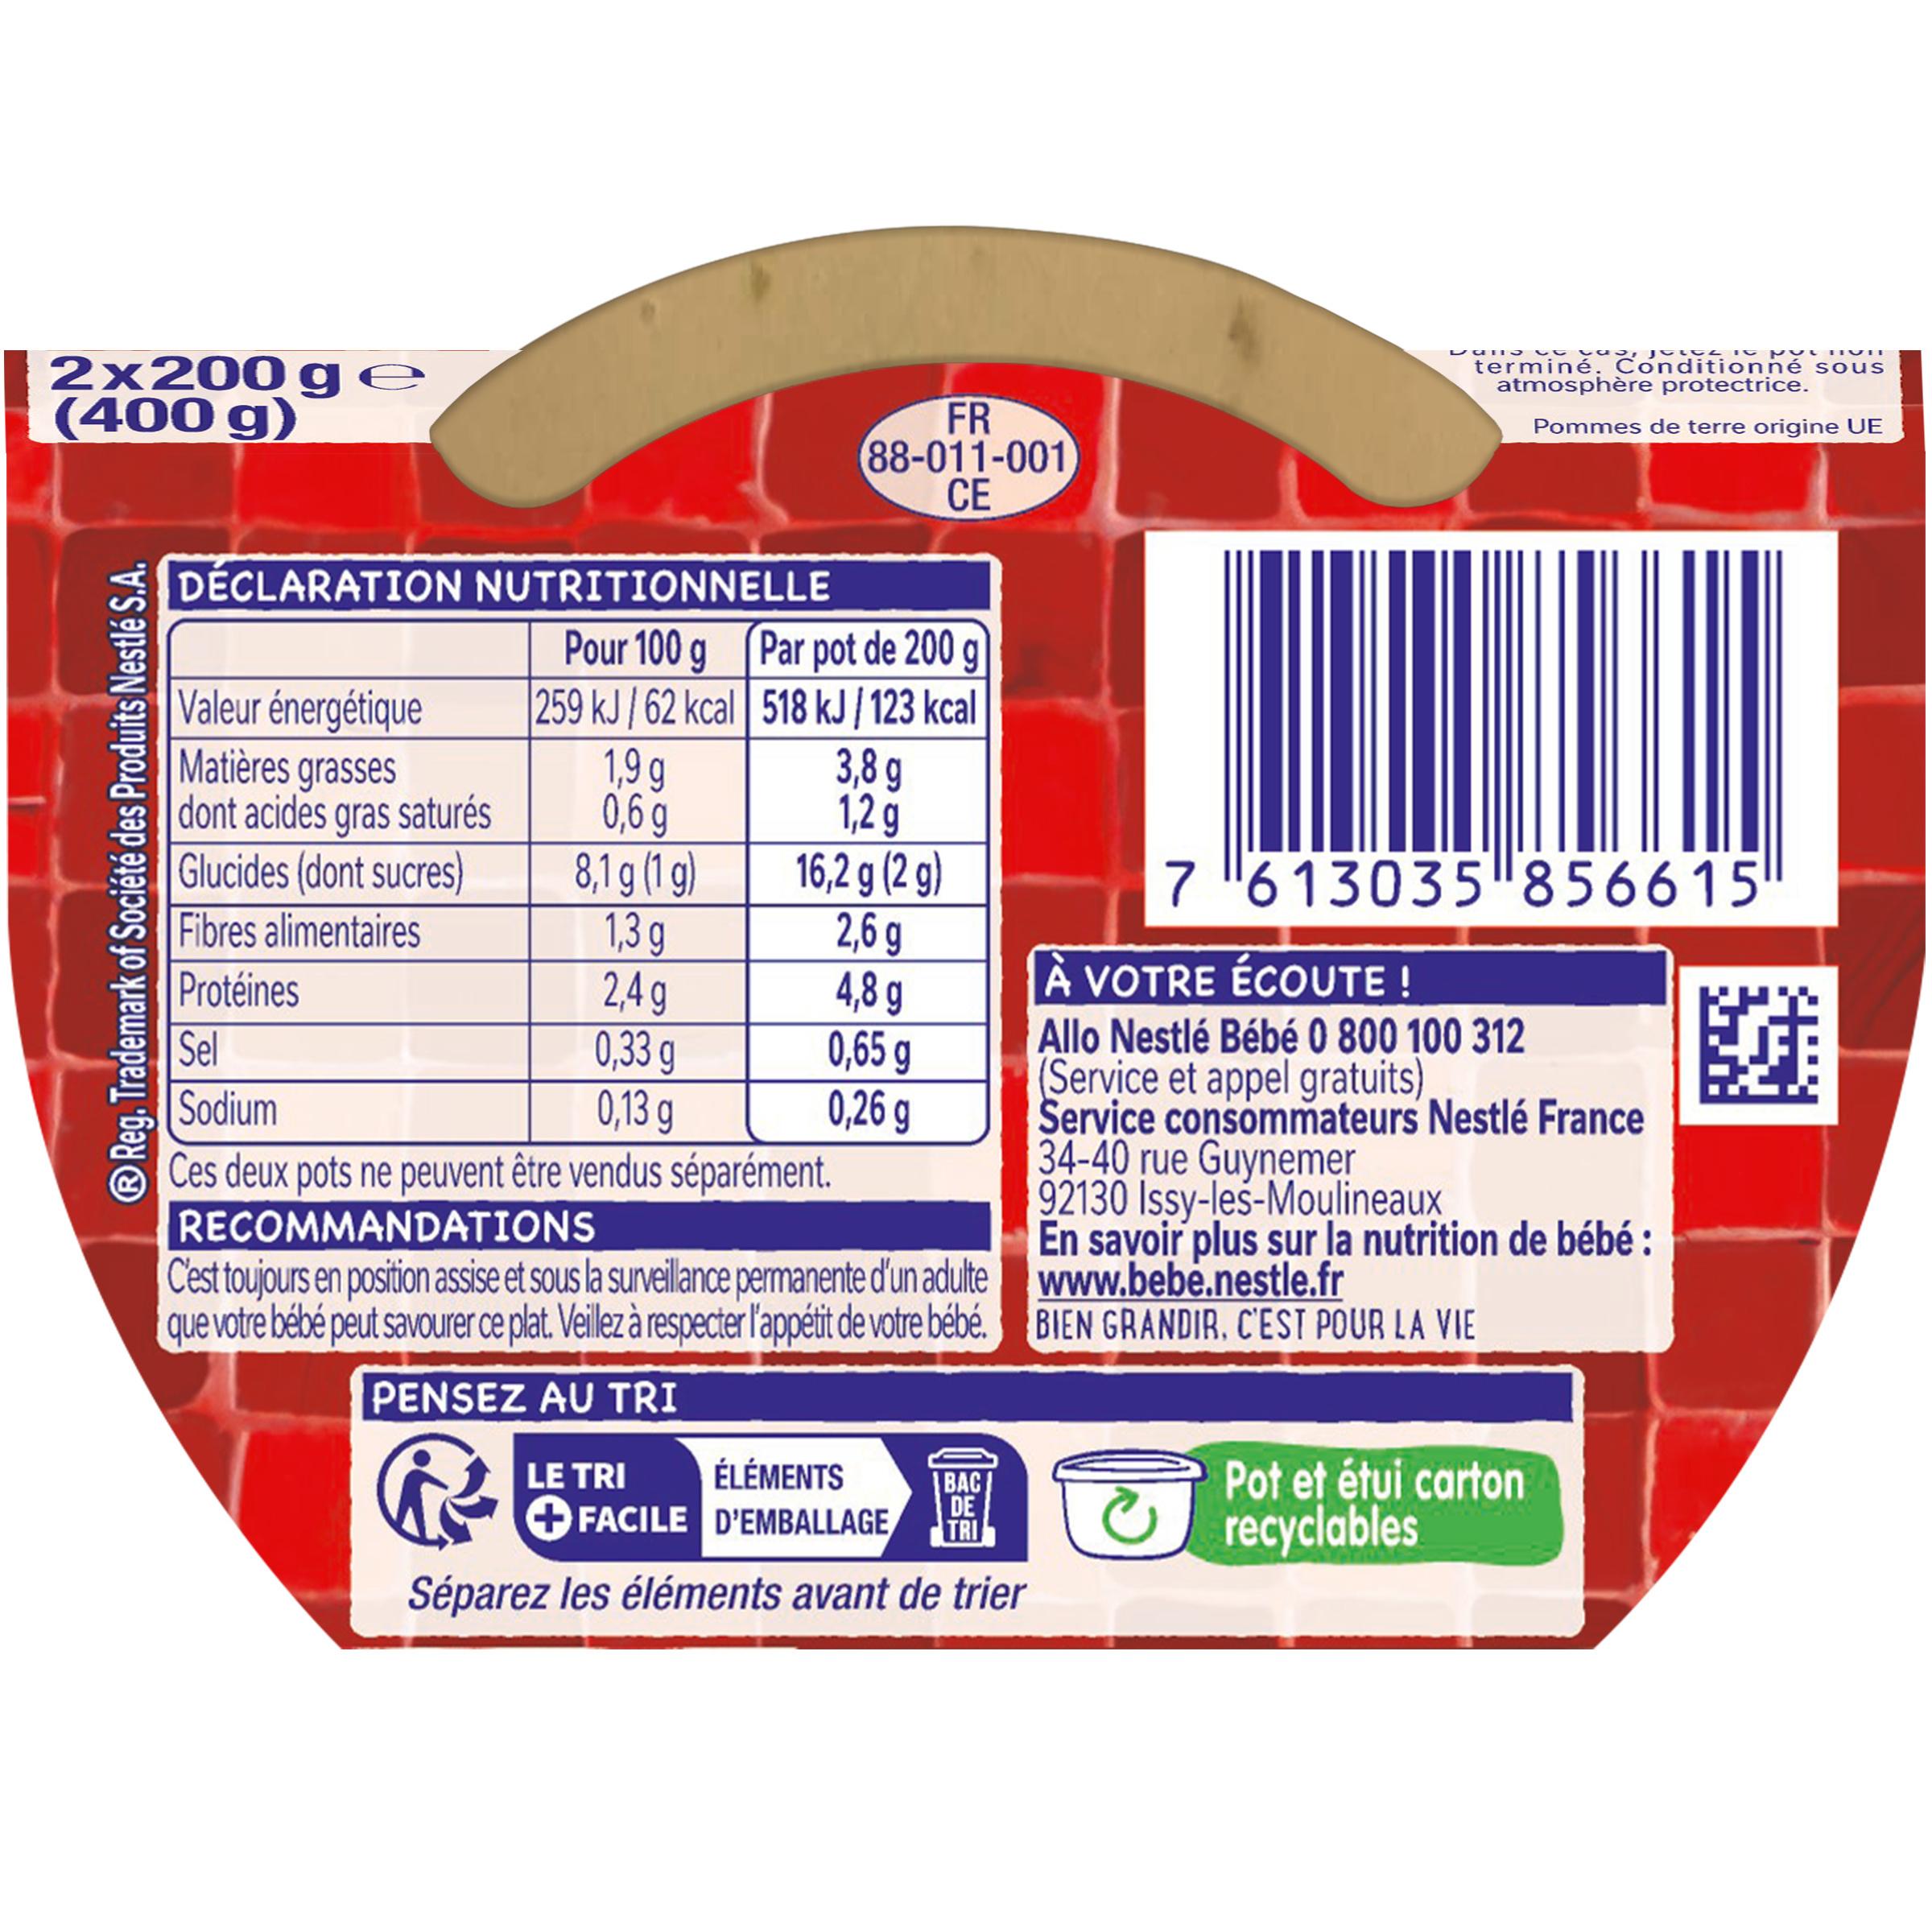
2x200 ge (400 g)
® Reg. Trademark of Société des Produits Nestlé S.A.
DÉCLARATION NUTRITIONNELLE
Valeur énergétique
Matières grasses dont acides gras saturés Glucides (dont sucres)
Fibres alimentaires
Protéines
FR 88-011-001 CE
Pour 100 g [Par pot de 200 g
259 kJ/ 62 kcal 518 kJ / 123 kcal
1,9 g 0,6 g
8,1 g (1 g)
1,3g
2,4 g
0,33 g
0,13 g
3,8 g
1,2 g
16,2 g (2 g)
2,6 g
4,8 g
0,65 g
0,26 g
Sel
Sodium
Ces deux pots ne peuvent être vendus séparément.
RECOMMANDATIONS
C'est toujours en position assise et sous la surveillance permanente d'un adulte que votre bébé peut savourer ce plat. Veillez à respecter l'appétit de votre bébé. PENSEZ AU TRI
R
ÉLÉMENTS
LE TRI +FACILE D'EMBALLAGE
BAC DE
TRI
Séparez les éléments avant de trier
Dans ce cas, fotos de pomGH
terminé. Conditionné sous atmosphère protectrice.
Pommes de terre origine UE
7613035856615
À VOTRE ÉCOUTE !
Allo Nestlé Bébé 0 800 100 312 (Service et appel gratuits)
Service consommateurs Nestlé France 34-40 rue Guynemer
92130 Issy-les-Moulineaux
En savoir plus sur la nutrition de bébé : www.bebe.nestle.fr
BIEN GRANDIR, C'EST POUR LA VIE
Pot et étui carton recyclables
9